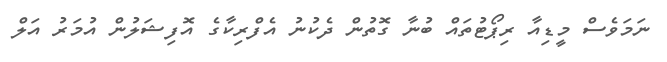
ނަމަވެސް މީޑިއާ ރިޕޯޓުތައް ބުނާ ގޮތުން ދެކުނު އެފްރިކާގެ އޮފިޝަލުން އުމަރު އަލް